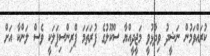
ކުރައްވަމުން ނަޝީދު ވިދާޅުވީ މަޖީދީއްޔާ ސްކޫލުގެ ފުރަތަމަ ޕްރިންސިޕަލަކީ ވެސް ލަންކާ އަށް